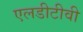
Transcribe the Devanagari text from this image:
एलडीटीवी